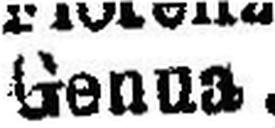
Genna